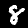
Label: 8